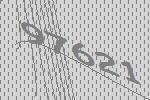
97621